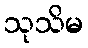
သုသိမ